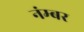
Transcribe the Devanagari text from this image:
नंम्बर